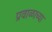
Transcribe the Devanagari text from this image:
प्रवाळाच्या